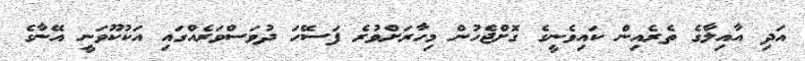
އަދި އާއިލާގެ ތެރެއިން ކައިވެނީގެ ގޮށްޖެހުން މިހާރަށްވުރެ ފަސޭހަ ދުވަސްވަރެއްގައި އަކުކޫވަނީ އޭނާގެ